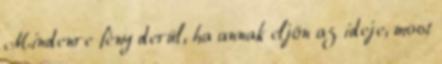
Mindenre fény derül, ha annak eljön az ideje, most